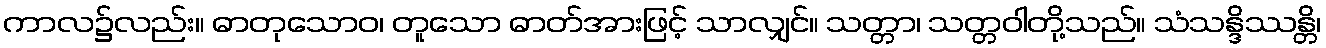
ကာလ၌လည်း။ ဓာတုသောဝ၊ တူသော ဓာတ်အားဖြင့် သာလျှင်။ သတ္တာ၊ သတ္တဝါတို့သည်။ သံသန္ဒိဿန္တိ၊